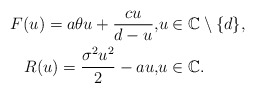
\begin{align*}F(u)=a\theta u+\frac{cu}{d-u}, & u \in \mathbb{C} \setminus \{d\}, \\R(u)=\frac{\sigma^2u^2}{2}-au, & u \in \mathbb{C}.\end{align*}